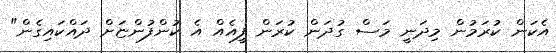
އެކަން ކުރަމުން މިދަނީ މަސް ގުދަން ކުރަން ފީއެއް އެ ކުންފުންޏަށް ދައްކައިގެން"